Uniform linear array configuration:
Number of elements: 16
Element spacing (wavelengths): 0.75
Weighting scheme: blackman
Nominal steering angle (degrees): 30
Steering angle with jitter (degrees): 30.004
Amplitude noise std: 0.05
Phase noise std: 0.05

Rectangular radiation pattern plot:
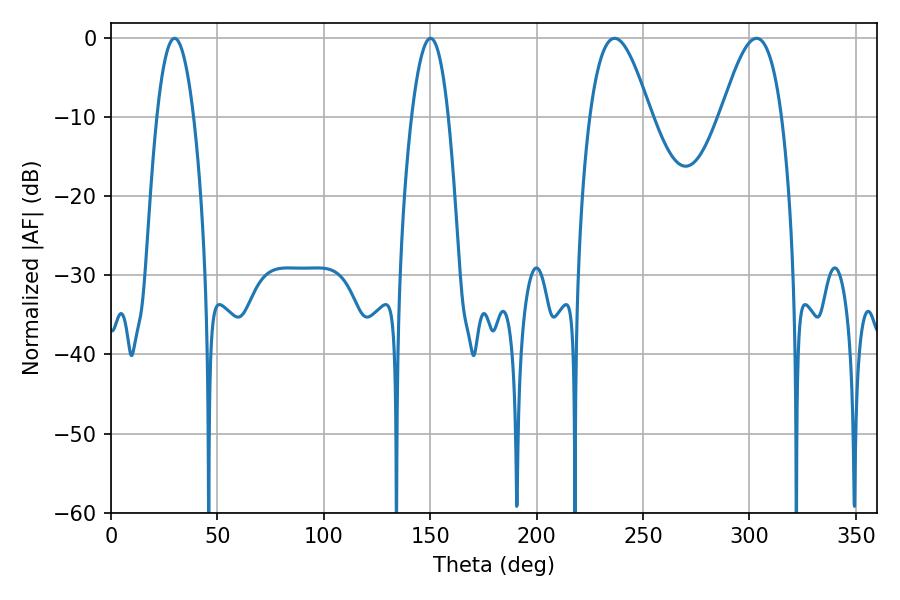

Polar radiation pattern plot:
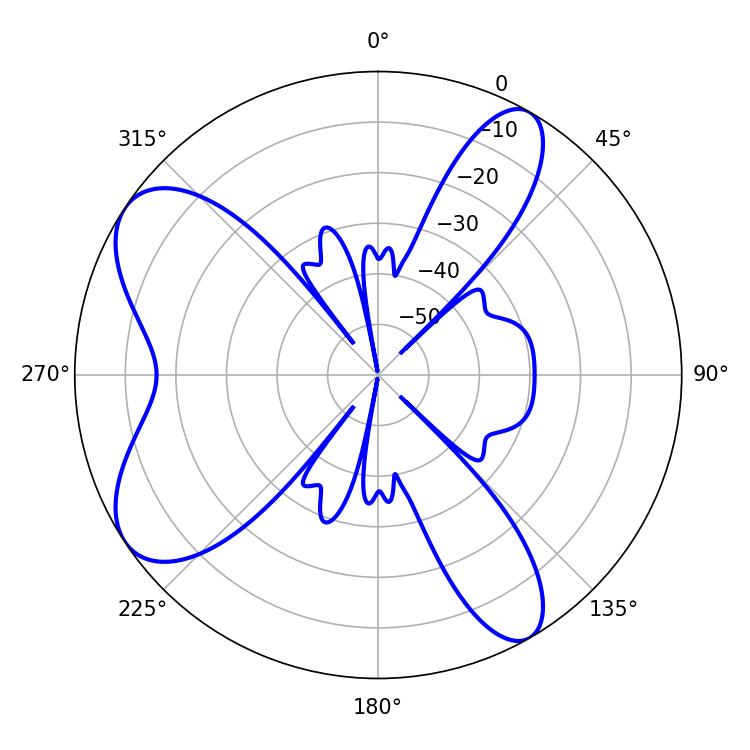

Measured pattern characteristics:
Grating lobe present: TRUE
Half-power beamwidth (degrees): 9.54
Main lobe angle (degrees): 29.88